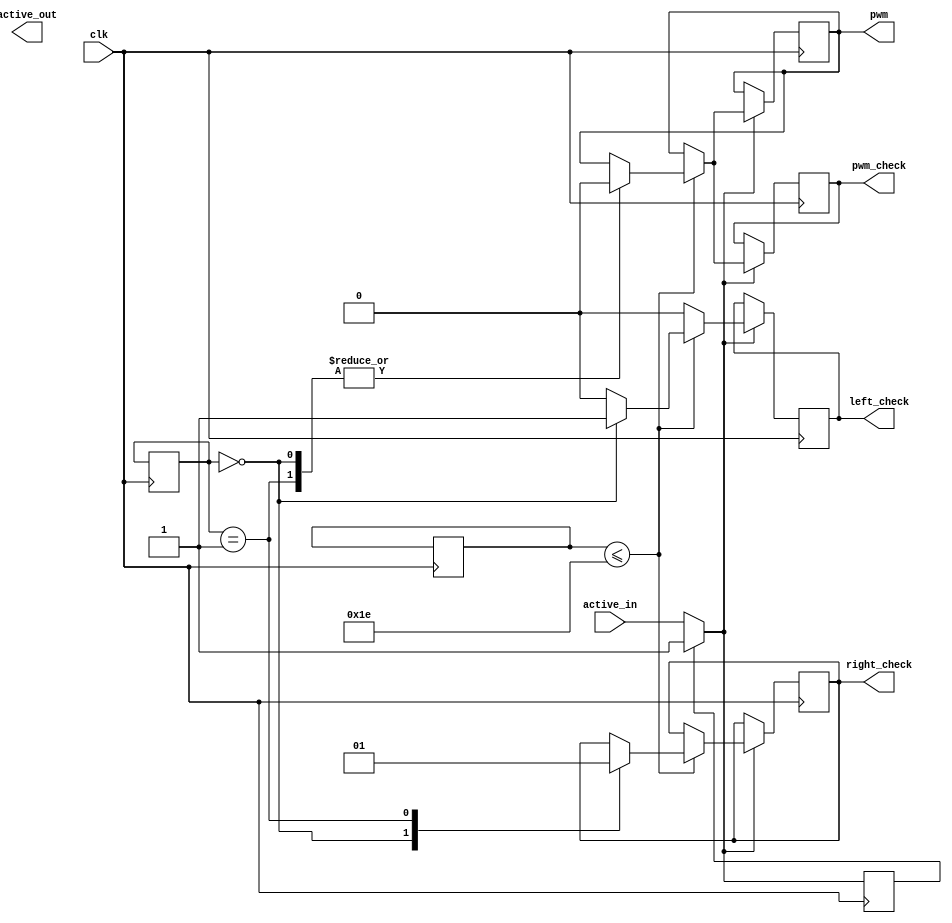
module lab2Inst (clk, active_in, active_out, pwm, pwm_check, left_check, right_check);

// Inputs
	input clk, active_in;
	
// Outputs
	output pwm, pwm_check, left_check, right_check, active_out;

// Asuming clock  c = 50 MHz therefore clock period = 20 ns
// and 256 steps
// t0 = 20ms, p = t0/c = 1'000'000 - number of clock ticks for one whole cycle
// t1 = 1 ms, P = t1/c = 50'000 - numbder of clock ticks for one 1ms
// lenght = t1 + p/256 * (ASCII value)

// EG of module instantiation

/*
shoot_coin	sc0(.clk(clk),
				.active_in(active),
				.active_out(active));
*/
	
	parameter [16:0] PWM_length_left = 50000; //should be 1 ms
	parameter [16:0] PWM_length_right = 100000; //should be 2 ms
	
	reg [20:0] counter = 0;
	reg [9:0] cycleCounterIncreaser = 0;
	reg [1:0] cycleCounter = 0;
	reg pwm, active_out, active;
	reg left_check, right_check, pwm_check;
	reg [4:0] go_count = 0;
	
			always @(posedge clk) begin
				if (active == 0) active = active_in;
					counter=0;
				
				if(active == 1) begin
			
					counter = counter+1; // Increase steps counter
					left_check = 0;
					
					if(cycleCounterIncreaser <= 30) begin
						case (cycleCounter)
							0: begin
								left_check = 1;
								right_check = 0;
								if (counter <= PWM_length_left & ((go_count == 1) | (go_count == 3) | (go_count == 5) | (go_count == 7) | (go_count == 9))) pwm = 1;
								else pwm = 0;
							end
							
							1: begin
								left_check = 0;
								right_check = 1;
								if (counter <= PWM_length_right & ((go_count == 2) | (go_count == 4) | (go_count == 6) | (go_count == 8))) pwm = 1;
								else pwm = 0;
							end
						endcase
					end
					// When full cycle complete, go from beginning, increse cycle counter
					if (counter > 999999) begin
						counter = 0;
						cycleCounterIncreaser = cycleCounterIncreaser+1;
						if (cycleCounterIncreaser >= 100) begin
						
							if (cycleCounter == 1) 
								cycleCounter = 0;
							else 
								cycleCounter = cycleCounter+1;
								
							cycleCounterIncreaser = 0;
						end
					end
					pwm_check <= pwm;
				
				end
		end
endmodule